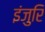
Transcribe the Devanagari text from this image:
इंजुरि